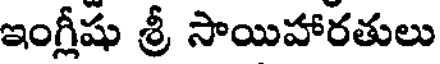
ఇంగ్లీషు శ్రీ సాయిహారతులు